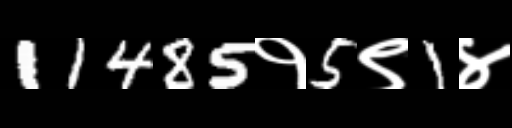
Text: 11485१5९1४